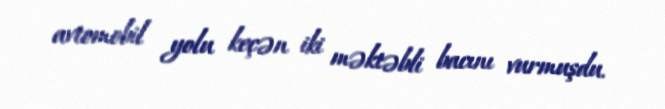
avtomobil yolu keçən iki məktəbli bacını vurmuşdu.